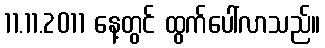
11.11.2011 နေ့တွင် ထွက်ပေါ်လာသည်။